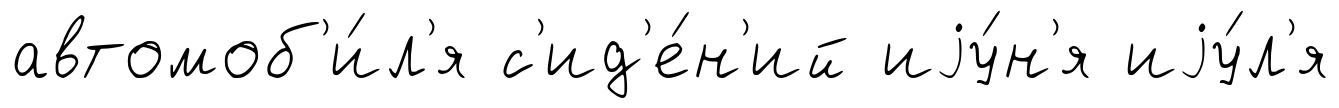
автомоб'и́л'я с'ид'е́н'ий иjу́н'я иjу́л'я